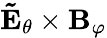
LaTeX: \mathbf{\tilde{E}_{\theta}}\times\mathbf{B}_{\varphi}